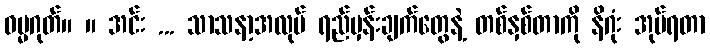
ဓမ္မဂုတ်။ ။ အင်း ... သာသနာ့အလုပ် ရည်မှန်းချက်တွေနဲ့ တစ်နှစ်တာကို နိဂုံး အုပ်ရတာ